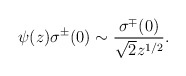
\begin{align*}\psi(z)\sigma^\pm(0)\sim \frac{\sigma^\mp(0)}{\sqrt{2}z^{1/2}}.\end{align*}